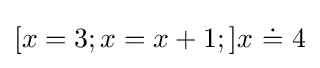
[x=3;x=x+1;]x\ {\dot {=}}\ 4